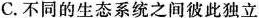
C.不同的生态系统之间彼此独立